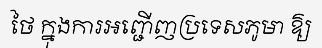
ថៃ ក្នុងការអញ្ជើញប្រទេសភូមា ឱ្យ